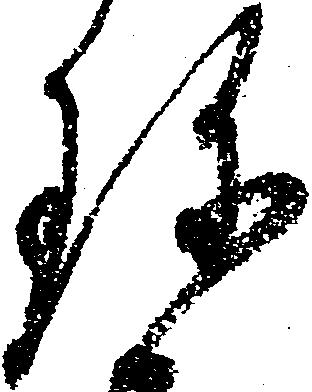
珍